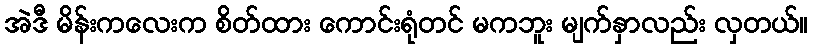
အဲဒီ မိန်းကလေးက စိတ်ထား ကောင်းရုံတင် မကဘူး မျက်နှာလည်း လှတယ်။